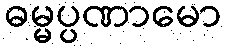
ဓမ္မပ္ပဏာမော